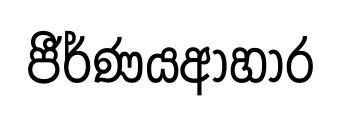
ජීර්ණයආහාර